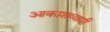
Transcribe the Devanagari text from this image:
आकाशव्यापी